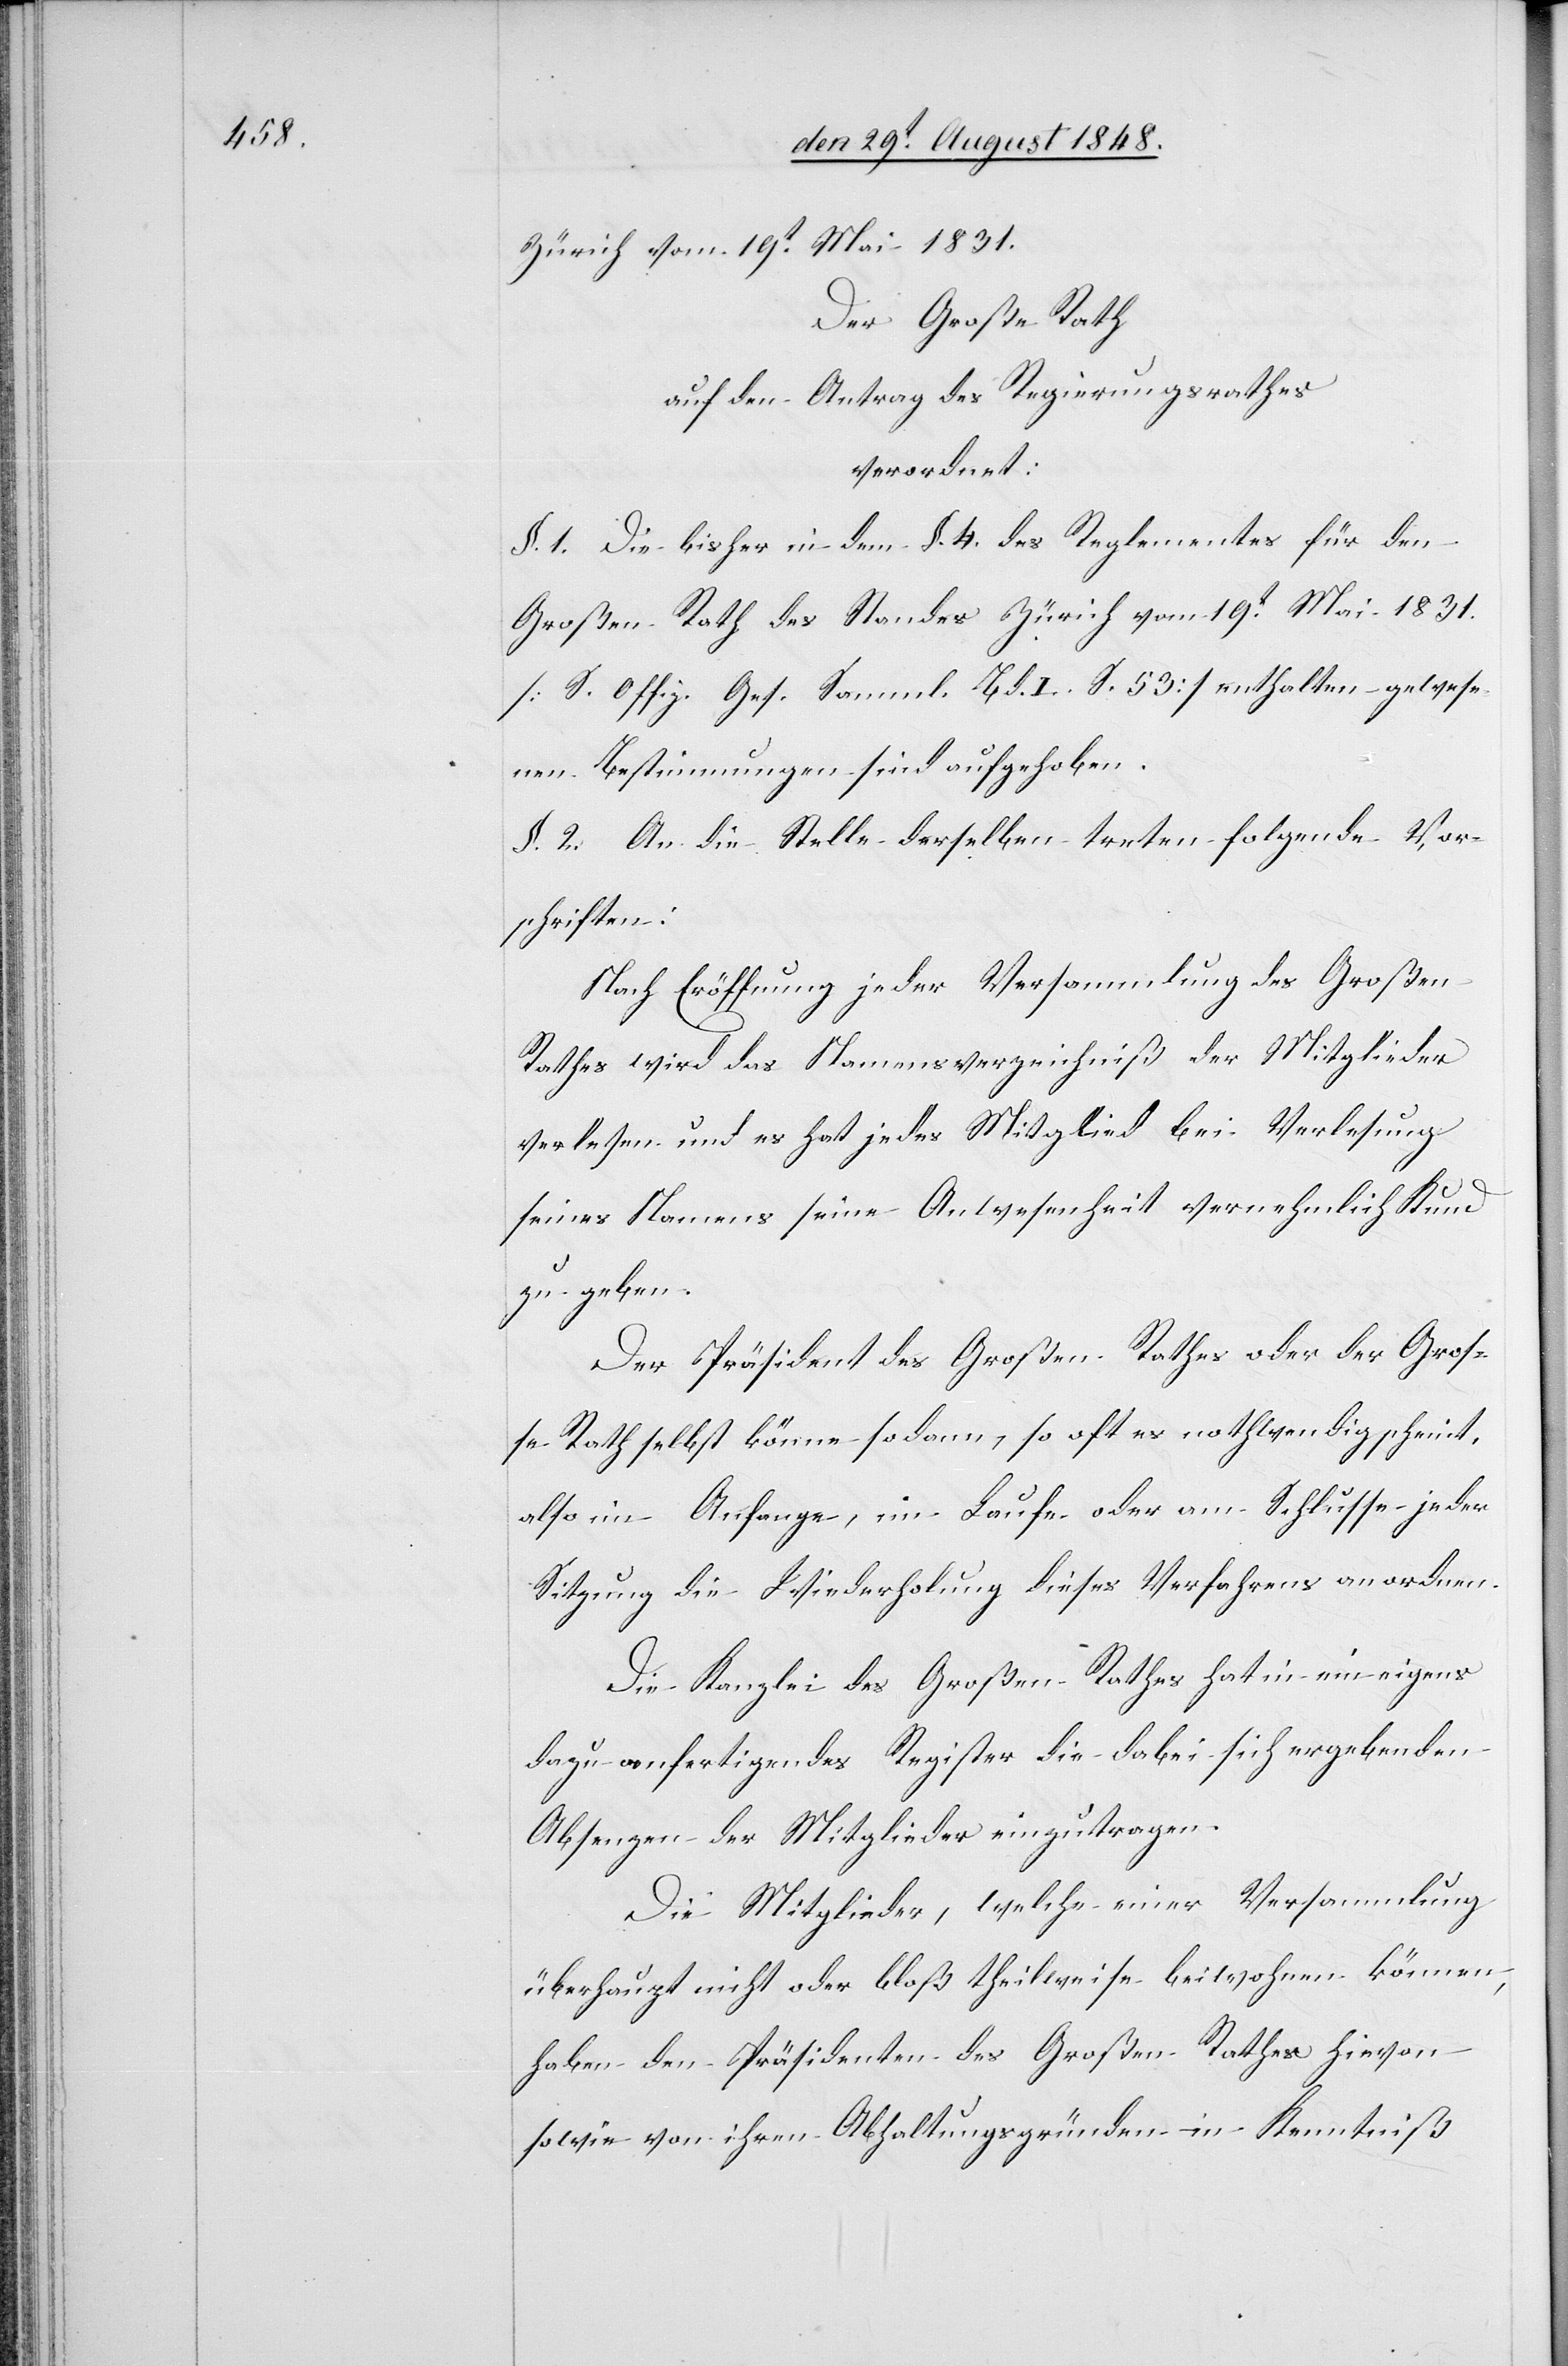
Zürich vom 19t Mai 1831.
Der Große Rath
auf den Antrag des Regierungsrathes
verordnet:
§. 1. Die bisher in dem §. 4. des Reglementes für den
Großen Rath des Standes Zürich vom 19t Mai 1831.
[S. Offiz. Ges. Samml. Bd. I. S. 53] enthalten gewese¬
nen Bestimmungen sind aufgehoben.
§. 2. An die Stelle derselben treten folgende Vor¬
schriften:
Nach Eröffnung jeder Versammlung des Großen
Rathes wird das Namensverzeichniß der Mitglieder
verlesen und es hat jedes Mitglied bei Verlesung
seines Namens seine Anwesenheit vernehmlich Kund
zu geben.
Der Präsident des Großen Rathes oder der Groß¬
e Rath selbst könne sodann, so oft es nothwendig scheint,
also im Anfange, im Laufe oder am Schlusse jeder
Sitzung die Wiederholung dieses Verfahrens anordnen.
Die Kanzlei des Großen Rathes hat in ein eigens
dazu anfertigendes Register die dabei sich ergebenden
Absenzen der Mitglieder einzutragen.
Die Mitglieder, welche einer Versammlung
überhaupt nicht oder bloß theilweise beiwohnen können,
haben den Präsidenten des Großen Rathes hievon
sowie von ihren Abhaltungsgründen in Kenntniß